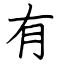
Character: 有